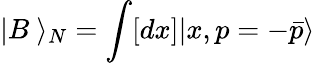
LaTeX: |B~\rangle_{N}=\int[dx]|x,p=-\bar{p}\rangle